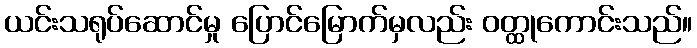
ယင်းသရုပ်ဆောင်မှု ပြောင်မြောက်မှလည်း ဝတ္ထုကောင်းသည်။